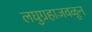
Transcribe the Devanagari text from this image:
लघुग्रहाजवळून